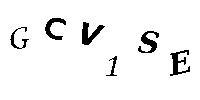
GCV1SE